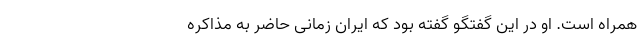
همراه است. او در این گفتگو گفته بود که ایران زمانی حاضر به مذاکره